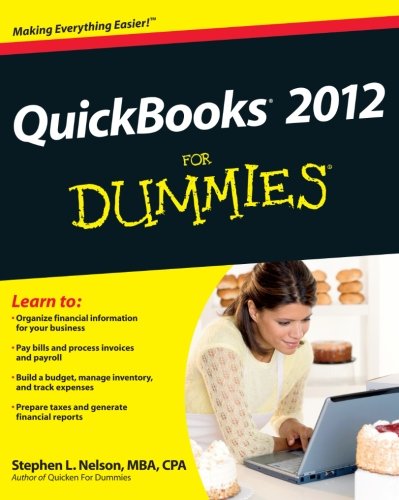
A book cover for QuickBooks 2012 For Dummies; Stephen L. Nelson; Computers & Technology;